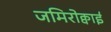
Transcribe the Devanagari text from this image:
जमिरोक्वाई